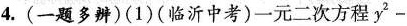
4.(一题多辨)(1)(临沂中考)一元二次方程$$ y ^ { 2 } -$$